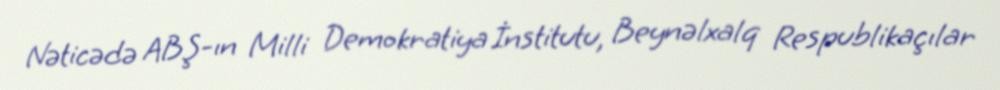
Nəticədə ABŞ-ın Milli Demokratiya İnstitutu, Beynəlxalq Respublikaçılar